Report of the Municipal Commissioner on the plague in Bombay for the year ending 31st May... - Volume 3
Disease focus: Plague
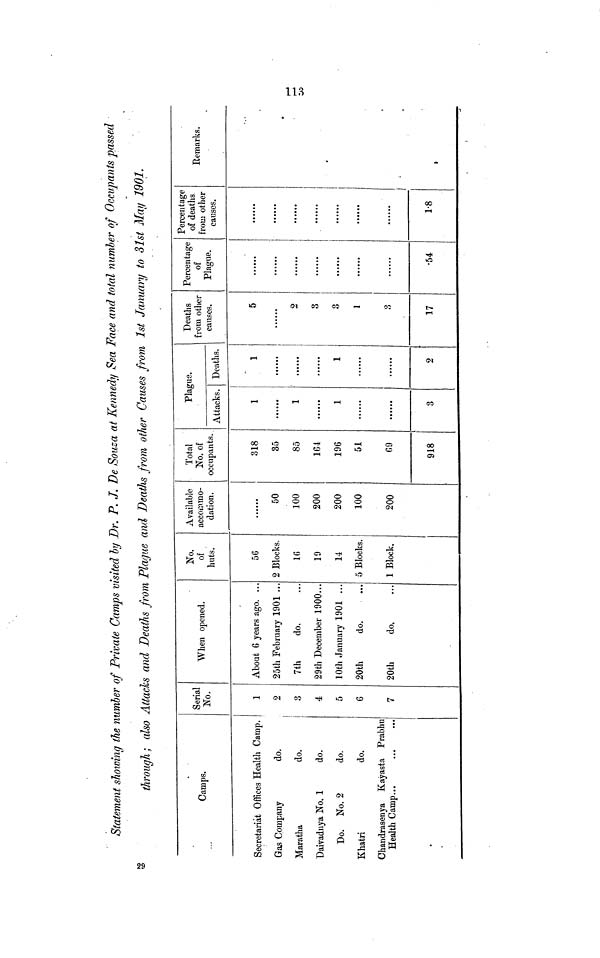
29
Statement showing the number of Private Camps visited by Dr. P. J. De Souza at Kennedy Sea Face and total number of Occupants passed
through; also Attach and Deaths from Plague and Deaths from other Causes from 1st January to 31st May 1901.
Camps.
Secretariat Offices Health Camp.
Gas Company
do.
Maratha
do.
Daivadnya No. 1
do.
Do. No. 2
do.
Khatri
do.
Chandrasenya Kayasta Prabhu
Health Camp...
No.
1
2
4
5
6
7
When opened.
About 6 years ago. ..
25th February 1901 ..
7th
do.
29th December 1900..
10th January 1901 ...
20th
do.
20th
do.
No.
of
huts.
56
2 Blocks.
16
19
14
5 Blocks.
1 Block.
Available
accommo-
dation.
50
100
200
200
100
200
Total
No. of
occupants.
318
35
85
164
196
51
69
918
Plague.
Attacks.
1
1
1
3
Deaths.
1
1
2
Deaths
from other
causes.
5
2
3
3
1
8
17
Percentage
of
Plague.
•54
Percentage
from other
causes.
......
1.8
Remarks.
113